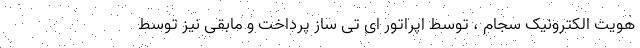
هویت الکترونیک سجام ، توسط اپراتور ای تی ساز پرداخت و مابقی نیز توسط